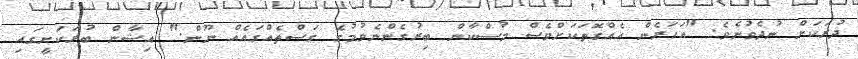
ދުރަކަށް ނުދެވުނެވެ. "އަހަރެން އެއްގޮތަކަށްވެސް މުސްކާން ބިރުގެންނެވުމުގެ ގަސްތެއްގައެއް ނޫން." އިޝާން ބުރަކަށީގައި